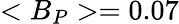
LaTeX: <B_{P}>=0.07